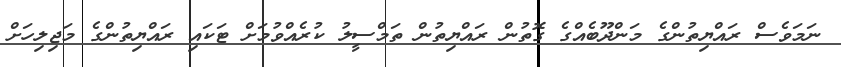
ނަމަވެސް ރައްޔިތުންގެ މަންދޫބެއްގެ ގޮތުން ރައްޔިތުން ތަމްސީލު ކުރެއްވުމަށް ޓަކައި ރައްޔިތުންގެ މަޖިލިހަށް